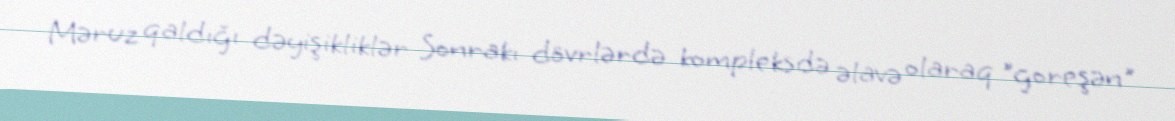
Məruz qaldığı dəyişikliklər Sonrakı dövrlərdə kompleksdə əlavə olaraq "goreşən"